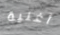
أغنية